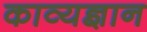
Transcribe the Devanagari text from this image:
काव्यज्ञान